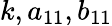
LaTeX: k,a_{11},b_{11}